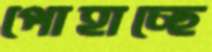
পোহাচ্ছে